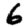
Digit: 6